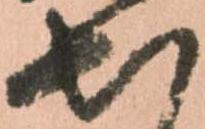
出